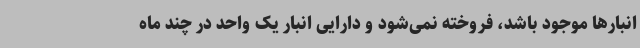
انبارها موجود باشد، فروخته نمی‌شود و دارایی انبار یک واحد در چند ماه